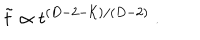
LaTeX: \tilde { t } \propto t ^ { ( D - 2 - { \cal K } ) / ( D - 2 ) } \ .